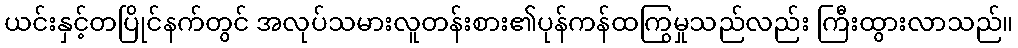
ယင်းနှင့်တပြိုင်နက်တွင် အလုပ်သမားလူတန်းစား၏ပုန်ကန်ထကြွမှုသည်လည်း ကြီးထွားလာသည်။